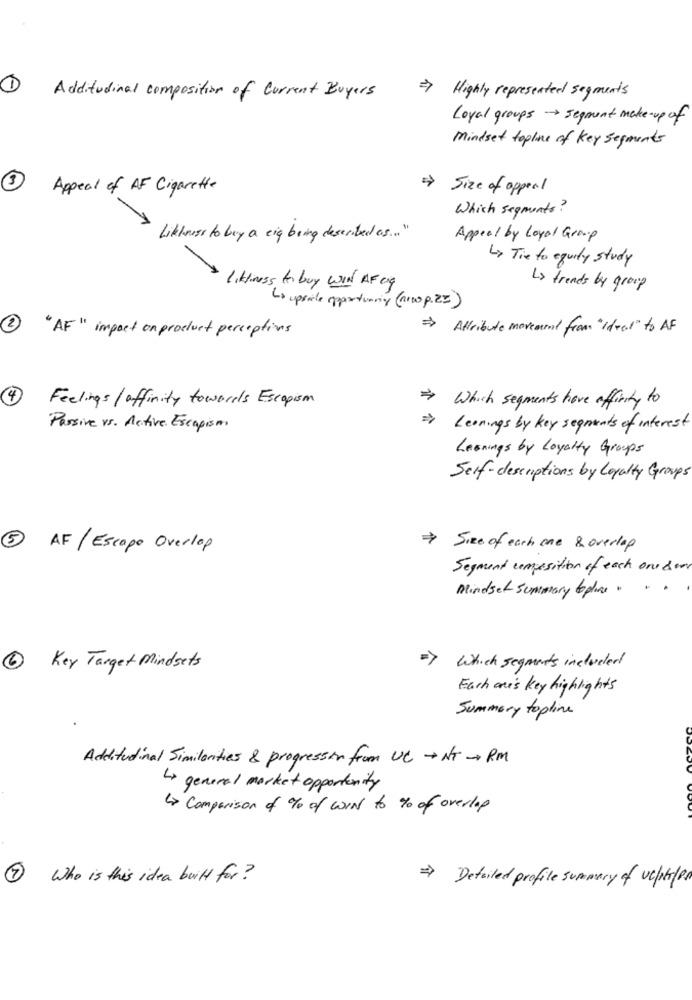
Additudinal composition of Current Buyers
> Highly represented segments
Loyal groups segment make-up of
Mindset topline of Key segments
Appeal of AF Cigarette
Size of appeal
Which segments?
Liktmuss to buy a eig being described as ... "
Appeal by Loyal Group
<> Tie to equity study
liktiness to buy WIN AF og
<> trends by group
La upside appartunng (arvo p. Z=)
2
"AF" impact on product perceptions
> Attribute movement from "Ideal" to AF
4
Feelings / affinity towards Escapism
Which segments have affinity to
Passive vs. Active Escapism
Leonings by key segments of interest
Lesnings by Loyalty Groups
Self-descriptions by Loyalty Groups
AF / Escape Overlop
> Size of each one & overlap
Segment composition of each one der
Mindset summary teplice ...
=>
Key Target Mindsets
Which segments included
Each one's Key highlights
Summary topline
Additudinal Similarities & progression from UC + NT - RM
4 general market opportunity
Comparison of % of WIN to to of overlap
Who is this idea built for ?
=> Detailed profile summary of ucpelpl